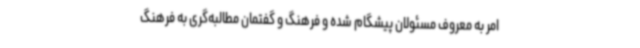
امر به معروف مسئولان پیشگام شده و فرهنگ و گفتمان مطالبه‌گری به فرهنگ